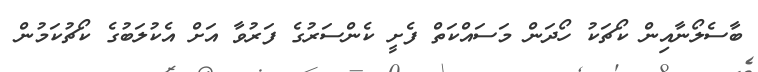
ބާސެލޯނާއިން ކޯޗަކު ހޯދަން މަސައްކަތް ފެށީ ކެންސަރުގެ ފަރުވާ އަށް އެކުލަބުގެ ކޯޗުކަމުން